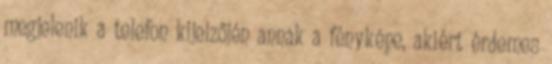
megjelenik a telefon kijelzőjén annak a fényképe, akiért érdemes